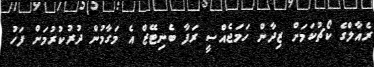
ރެއާލްގެ ކޯޗުކަމަށް ޒިދާން ހަމަޖެއްސީ ރަފާ ބެނިޓޭޒް އެ މަގާމުން ދުރުކުރުމަށް ފަހު